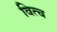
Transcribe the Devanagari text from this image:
वित्च